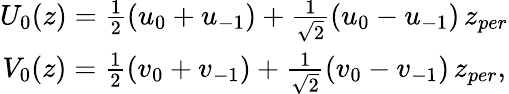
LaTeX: \begin{array}{c}{{U_{0}(z)=\frac 12(u_{0}+u_{-1})+\frac 1{\sqrt{2}}(u_{0}-u_{-1})\, z_{per}}}\\ {{V_{0}(z)=\frac 12(v_{0}+v_{-1})+\frac 1{\sqrt{2}}(v_{0}-v_{-1})\, z_{per},}}\end{array}